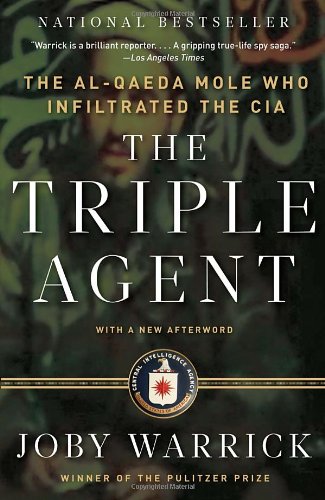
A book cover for The Triple Agent: The al-Qaeda Mole who Infiltrated the CIA; Joby Warrick; Self-Help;